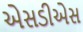
એસડીએસ